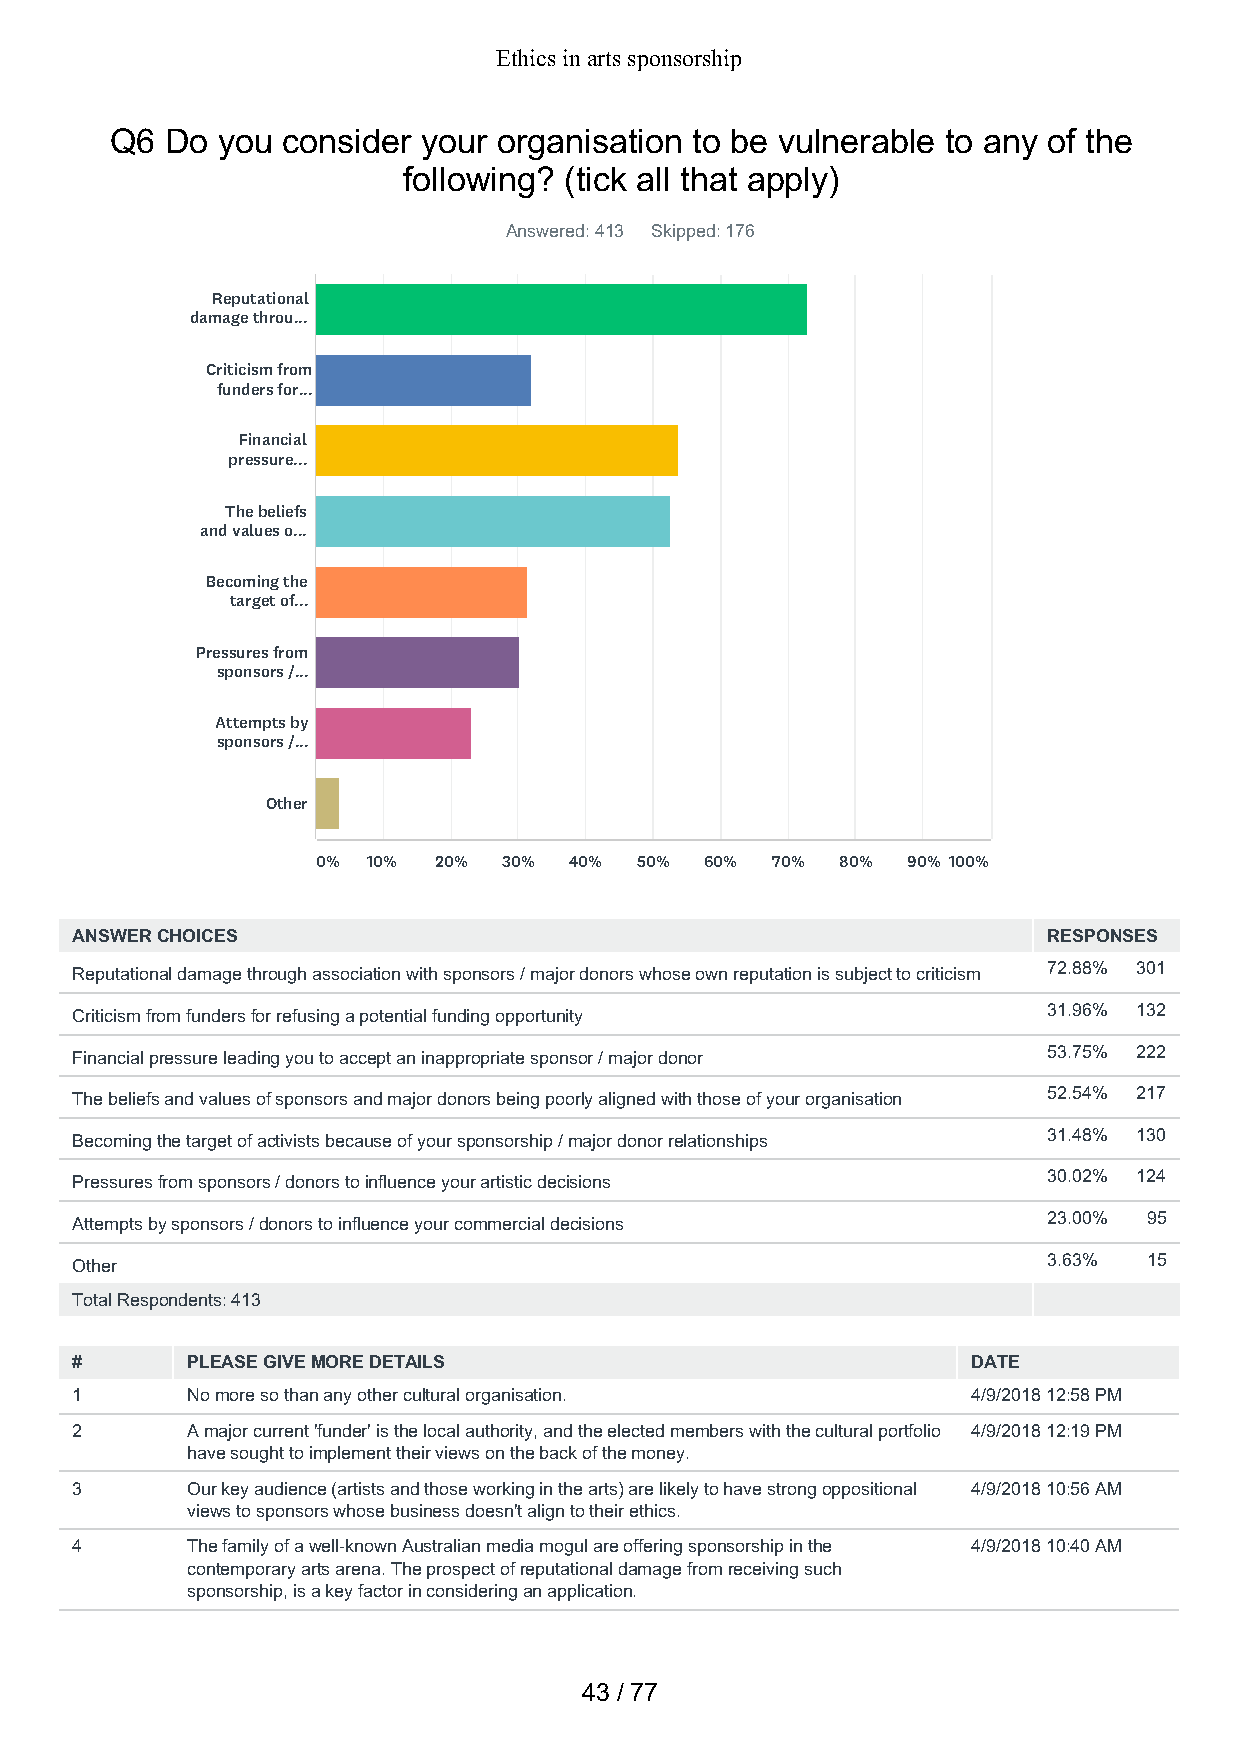
Ethics in arts sponsorship
 Q6  Do you  consider your organisation to be vulnerable to any of the
 following? (tick all that apply)
 Answered: 413 Skipped: 176
 Reputational
 damage throu...
 Criticism from
 funders for...
 Financial
 pressure...
 The beliefs
 and values o...
 Becoming the
 target of...
 Pressures from
 sponsors /...
 Attempts by
 sponsors /...
 Other
 0% 10%  20% 30%  40% 50%  60% 70%  80% 90% 100%
 ANSWER CHOICES                                                  RESPONSES
 Reputational damage through association with sponsors / major donors whose own reputation is subject to criticism 72.88% 301
 Criticism from funders for refusing a potential funding opportunity 31.96% 132
 Financial pressure leading you to accept an inappropriate sponsor / major donor 53.75% 222
 The beliefs and values of sponsors and major donors being poorly aligned with those of your organisation 52.54% 217
 Becoming the target of activists because of your sponsorship / major donor relationships 31.48% 130
 Pressures from sponsors / donors to influence your artistic decisions 30.02% 124
 Attempts by sponsors / donors to influence your commercial decisions 23.00% 95
 Other                                                           3.63%  15
 Total Respondents: 413
 #      PLEASE GIVE MORE DETAILS                            DATE
 1      No more so than any other cultural organisation.    4/9/2018 12:58 PM
 2      A major current 'funder' is the local authority, and the elected members with the cultural portfolio 4/9/2018 12:19 PM
 have sought to implement their views on the back of the money.
 3      Our key audience (artists and those working in the arts) are likely to have strong oppositional 4/9/2018 10:56 AM
 views to sponsors whose business doesn't align to their ethics.
 4      The family of a well-known Australian media mogul are offering sponsorship in the 4/9/2018 10:40 AM
 contemporary arts arena. The prospect of reputational damage from receiving such
 sponsorship, is a key factor in considering an application.
 43 / 77